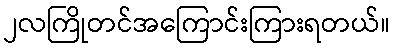
၂လကြိုတင်အကြောင်းကြားရတယ်။